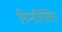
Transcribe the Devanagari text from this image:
निम्नलिखित